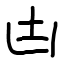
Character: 凷